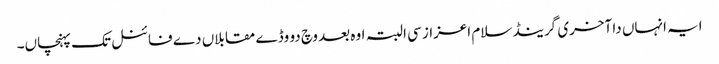
ایہ انہاں دا آخری گرینڈ سلام اعزاز سی البتہ اوہ بعد وچ دو وڈے مقابلاں دے فائنل تک پہنچاں۔